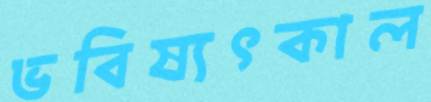
ভবিষ্যৎকাল